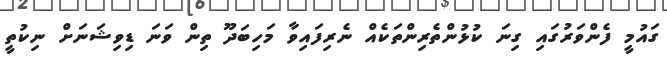
ގައުމީ ފެންވަރުގައި ގިނަ ކުޅުންތެރިންތަކެއް ނެރިފައިވާ މަހިބަދޫ ތިން ވަނަ ޑިވިޝަނަށް ނިކުތީ